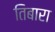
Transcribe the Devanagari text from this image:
तिबारा